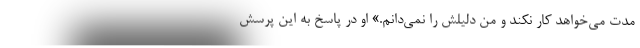
مدت می‌خواهد کار نکند و من دلیلش را نمی‌دانم.» او در پاسخ به این پرسش